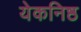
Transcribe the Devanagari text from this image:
येकनिष्ठ